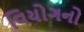
વિયોગનો